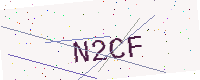
Text: N2CF